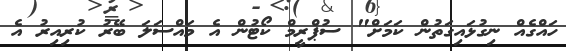
ހައްގެއް ނިގުޅައިގަތުން ކަމަށް" ސުޕްރީމް ކޯޓުން އެ މައްސަލަ ބޭރު ކުރިއިރު އެ